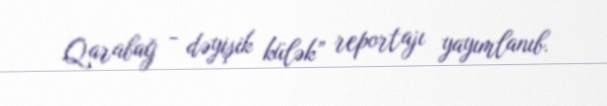
Qarabağ - dəyişik külək” reportajı yayımlanıb.